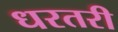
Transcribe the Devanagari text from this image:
धरतरी